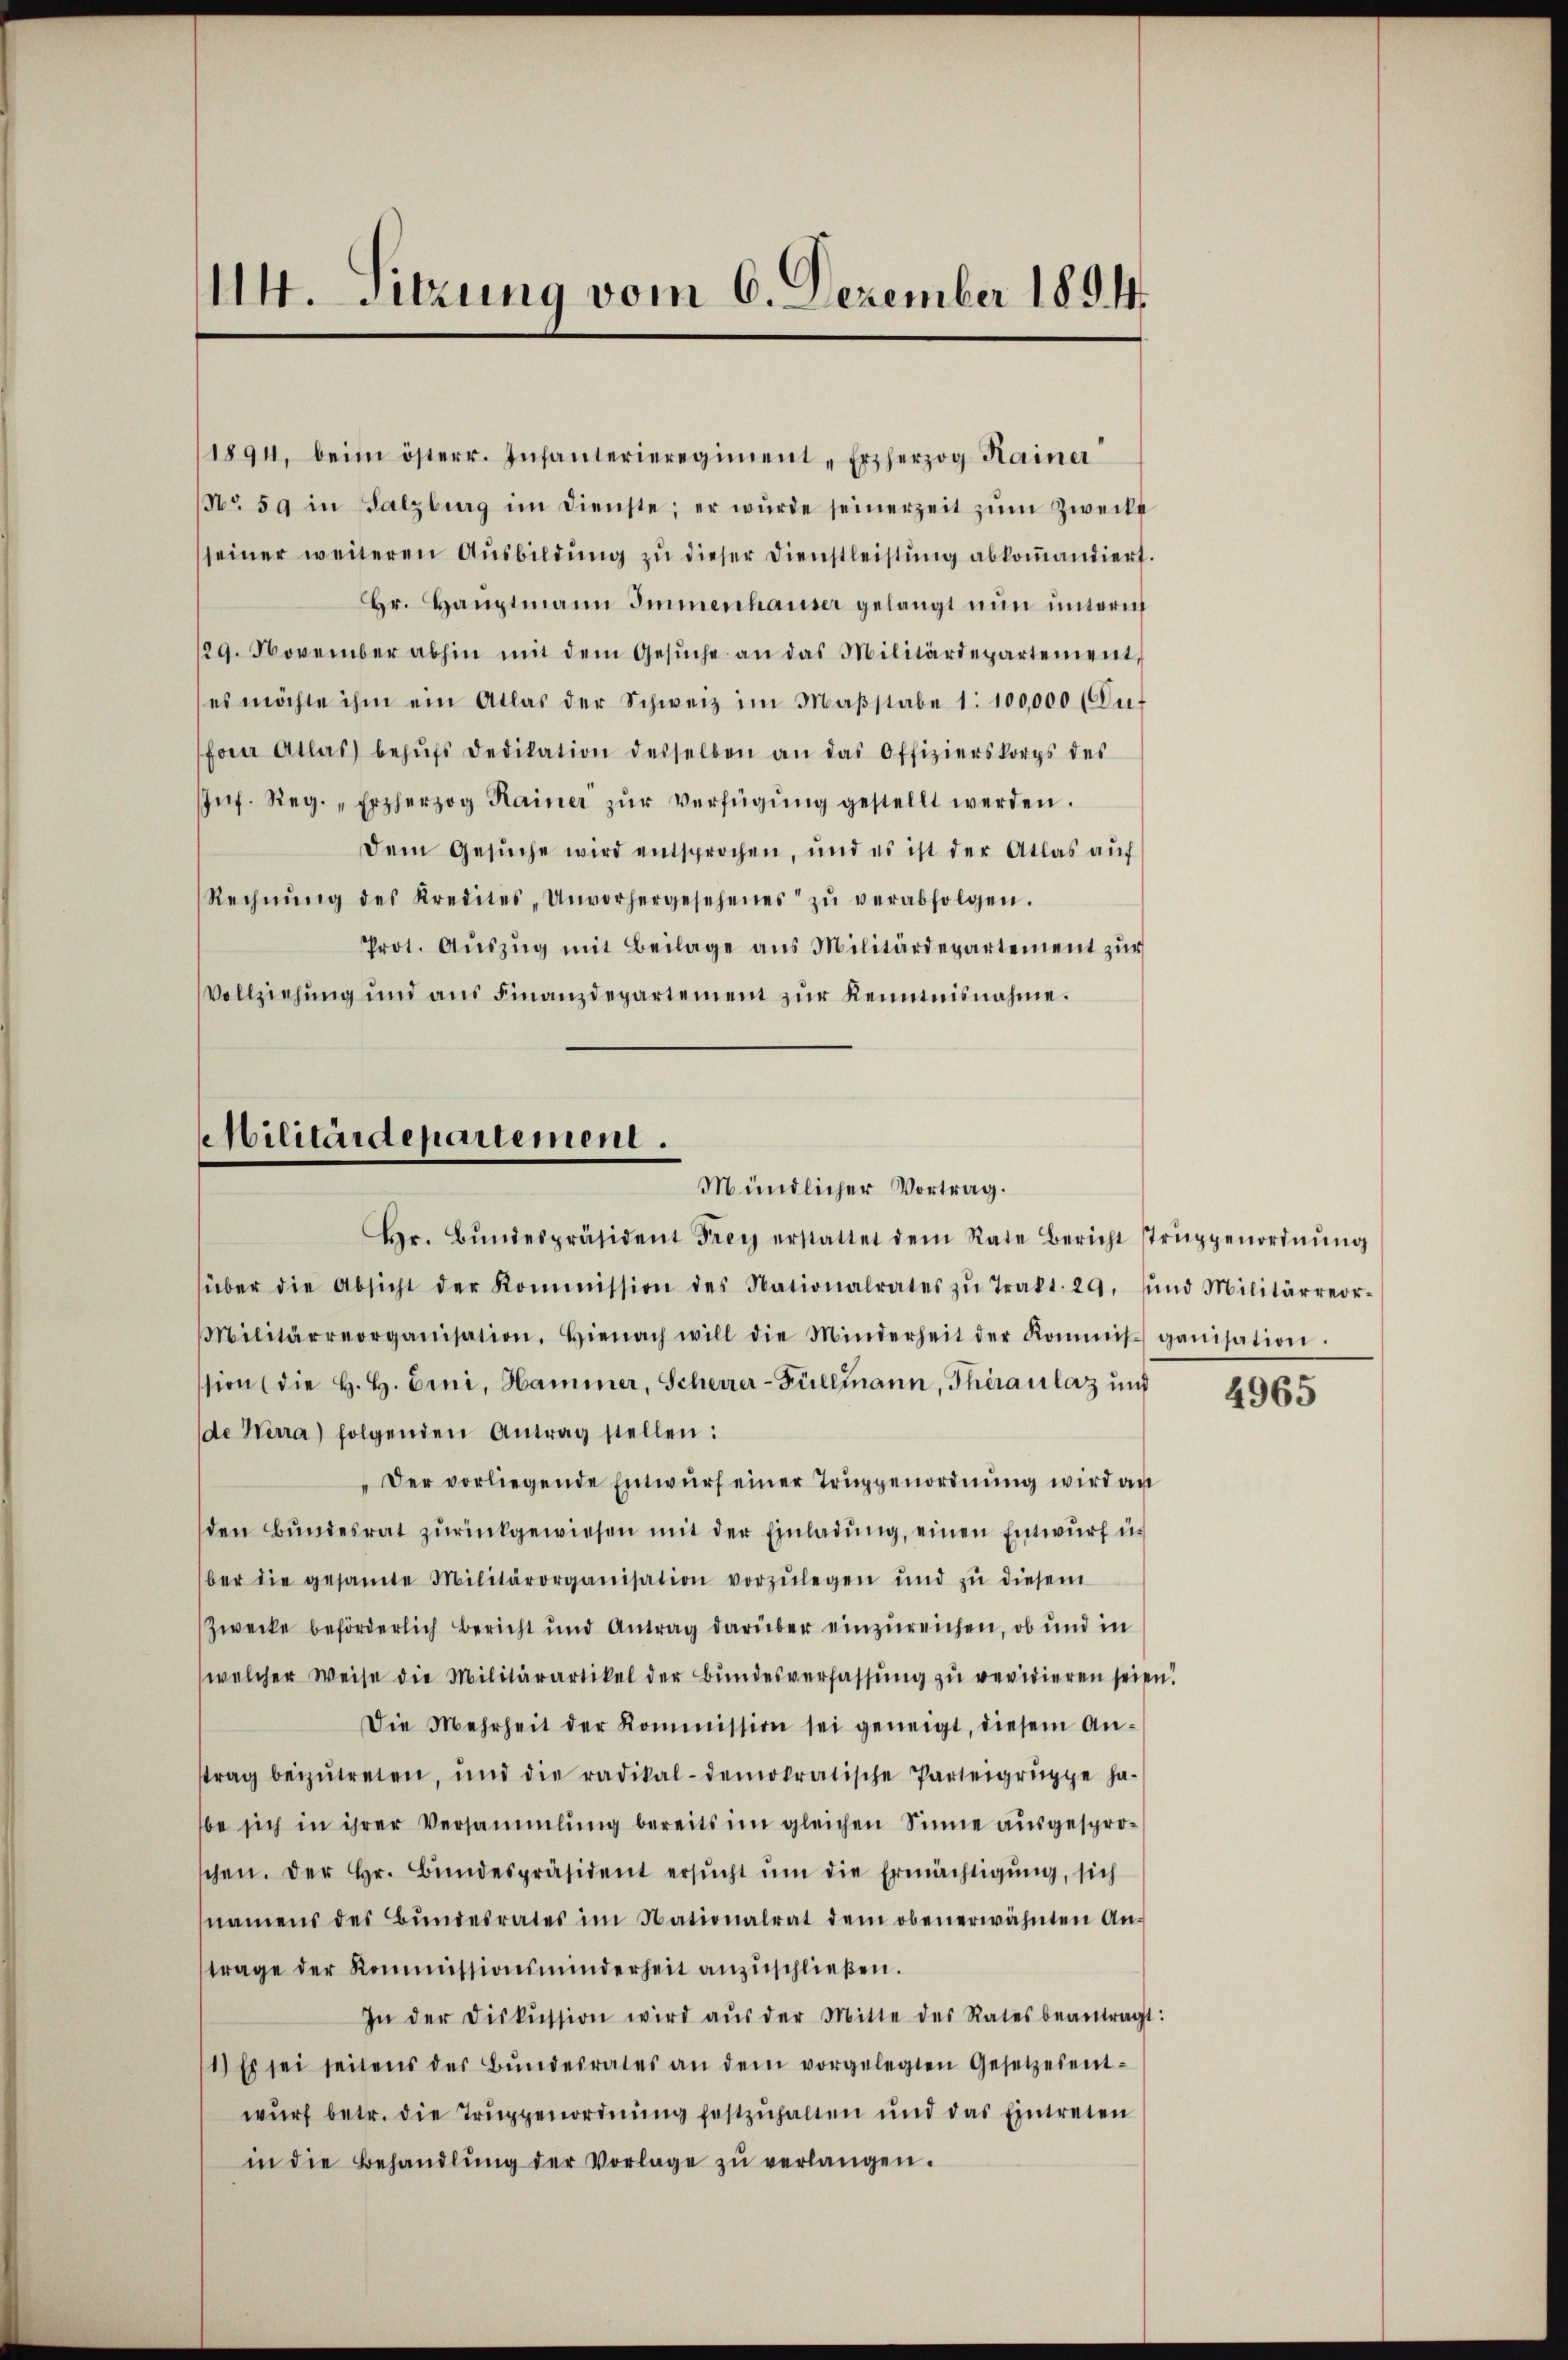
114. Sitzung vom 6. Dezember 1854.

1894, beim österr. Infanterieregiment-Erzherzog Hainer
NNo. 59 in Salzburg im Dienste; er würde seinerzeit zŭm Zweckt
seiner weiteren Aŭsbildŭng zŭ dieser Dienstleistŭng abkoṁandiert.
Hr. Hauptmann Immenhauser gelangt nun unterm
29. November abhin mit dem Gesŭche an das Militärdepartement,
es möchte ihm ein Atlas der Schweiz im Maβstabe 1: 100,000 (Dut
forer Atlas behŭfs dedikation desselben an das Offizierskorps des
nf. Reg. „Erzherzog Rainer zŭr Verfügŭng gestellt werden.
Dem Gesŭche wird entsprochen, und es ist der Atlas aŭf
Rechnŭng des Kredites „Unvorhergesehenes zŭ verabfolgen.
Prot. Aŭszŭg mit Beilage ans Militärdepartement zŭr
Vollziehŭng und aŭs Finanzdepartement zŭr Kenntnisnahme.

Militärdepartement.
Mündlicher Vortrag.

Hr. Bŭndespräsident Frey erstattet dem Rate Bericht struppenordnŭng
über die Absicht der Kommission des Nationalrates zŭ trakt. 29. und Militärreor-
Militärreorganisation. Hienach will die Minderheit der Kommis ganisation.
sion (die H. H. Eini, Hammer, Scheurer-Füllmann, Theranlaz und
de Werra) folgenden Antrag stellen:
"Der vorliegende Entwŭrf einer Truppenordnŭng wird an
den Bŭndesrat zŭrückgewiesen mit der Einladŭng, einen Entwŭrf u.
ber die gesamte Militärorganisation vorzŭlegen und zŭ diesem
Zwecke beförderlich Bericht und Antrag darüber einzureichen, ob und in
(welcher Weise die Militärartikel der Bŭndesverfassŭng zŭ revidieren seien.
Die Mehrheit der Kommission sei geneigt, diesem An-
strag beizŭtreten, und die radikal-demokratische Parteigruppe ha-
be sich in ihrer Versammlung bereits im gleichen Sinne aŭsgespro-
chen. Der Hr. Bŭndespräsident ersŭcht ŭm die Ermächtigung, sich
namens des Bŭndesrates im Nationalrat dem obenerwähnten An-
trage der Kommissionsminderheit anzŭschlieβen.
In der Diskussion wird aŭs der Mitte des Rates beantragt:
1.) Es sei seitens der Bŭndesrates an dem vorgelegten Gesetzesent-
wŭrf betr. die Trŭppenordnŭng festzŭhalten und das Eintreten
in die Behandlŭng der Vorlage zŭ verlangen.

4965